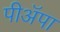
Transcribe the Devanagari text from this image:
पीअॅपा